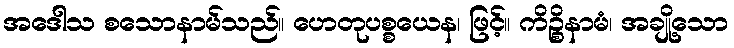
အဒေါသ စသောနာမ်သည်။ ဟေတုပစ္စယေန၊ ဖြင့်။ ကိဉ္စိနာမံ၊ အချို့သော